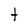
Character: t